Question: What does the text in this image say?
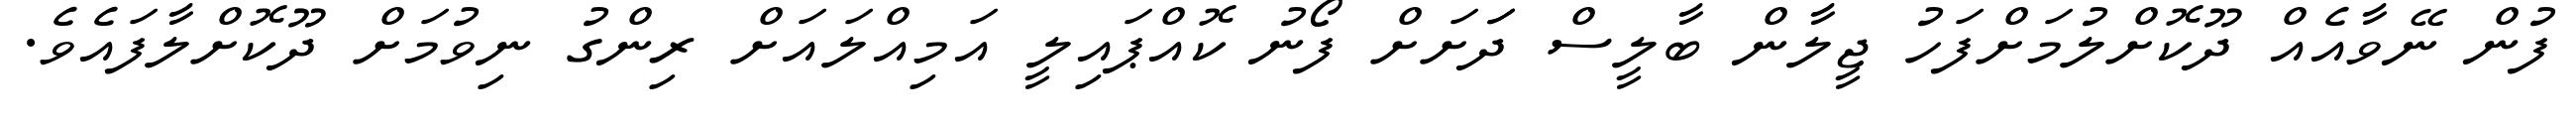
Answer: ފުން ނޭވާއެއް ދޫކޮށްލުމަށްފަހު ޖީލާން ބާލީސް ދަަށަށް ފޯނު ކޮއްޕައިލީ އަމިއްލައަށް ރިންގު ނިވުމަށް ދޫކޮށްލާފައެވެ.